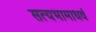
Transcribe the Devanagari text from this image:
सत्यभामाधवं